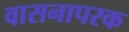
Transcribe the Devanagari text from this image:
वासनापरक